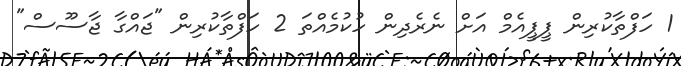
1 ހަފްތާކުރިން ޕީޕީއެމް އަށް ނެރެދިން ހުކުމެއްތަ 2 ހަފްތާކުރިން "ޖައްގާ ޖާސޫސް"